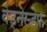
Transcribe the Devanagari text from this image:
वेड्नेस्डेफ़